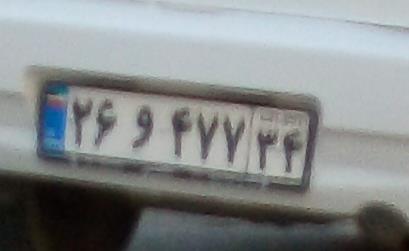
۳۶و۴۷۷۳۴